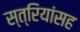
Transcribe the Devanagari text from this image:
स्त्रियांसह